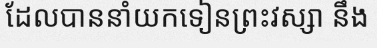
ដែលបាននាំយកទៀនព្រះវស្សា នឹង